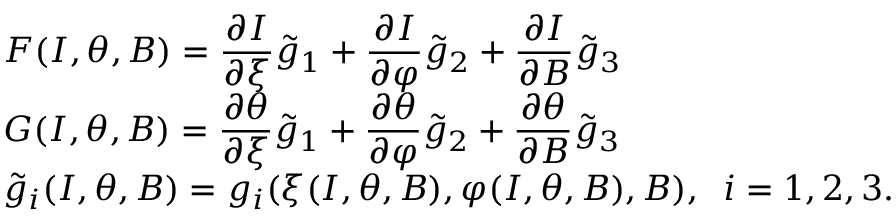
\begin{array} { l } { \displaystyle F ( I , \theta , B ) = \frac { \partial I } { \partial \xi } \tilde { g } _ { 1 } + \frac { \partial I } { \partial \varphi } \tilde { g } _ { 2 } + \frac { \partial I } { \partial B } \tilde { g } _ { 3 } } \\ { \displaystyle G ( I , \theta , B ) = \frac { \partial \theta } { \partial \xi } \tilde { g } _ { 1 } + \frac { \partial \theta } { \partial \varphi } \tilde { g } _ { 2 } + \frac { \partial \theta } { \partial B } \tilde { g } _ { 3 } } \\ { \tilde { g } _ { i } ( I , \theta , B ) = g _ { i } ( \xi ( I , \theta , B ) , \varphi ( I , \theta , B ) , B ) , \; \; i = 1 , 2 , 3 . } \end{array}